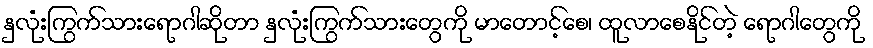
နှလုံးကြွက်သားရောဂါဆိုတာ နှလုံးကြွက်သားတွေကို မာတောင့်စေ၊ ထူလာစေနိုင်တဲ့ ရောဂါတွေကို